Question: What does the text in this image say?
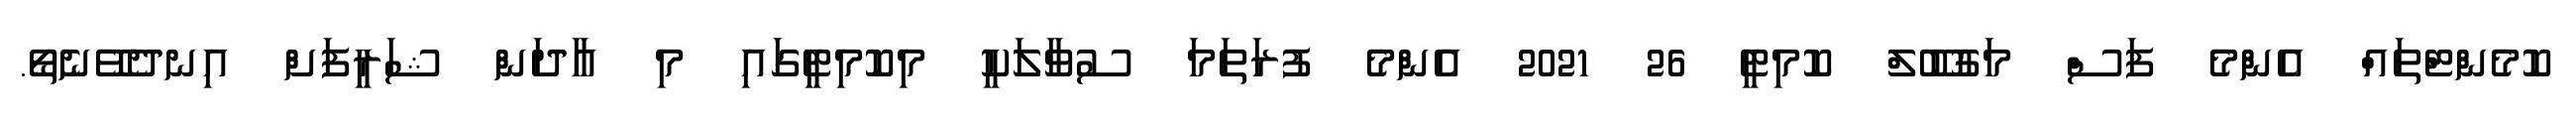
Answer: ކޮމެންޓްތައް އެންމެ ފަސް މަގުބޫލް ކޮމިޓީ 26 2021 އެންމެ ފުރަތަމަ ސުވާލަކީ މިކޮމިޓީގައި މި އާދަން ޝަރީފަށް އިނދެވޭނެތޯ.